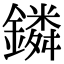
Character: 鏻